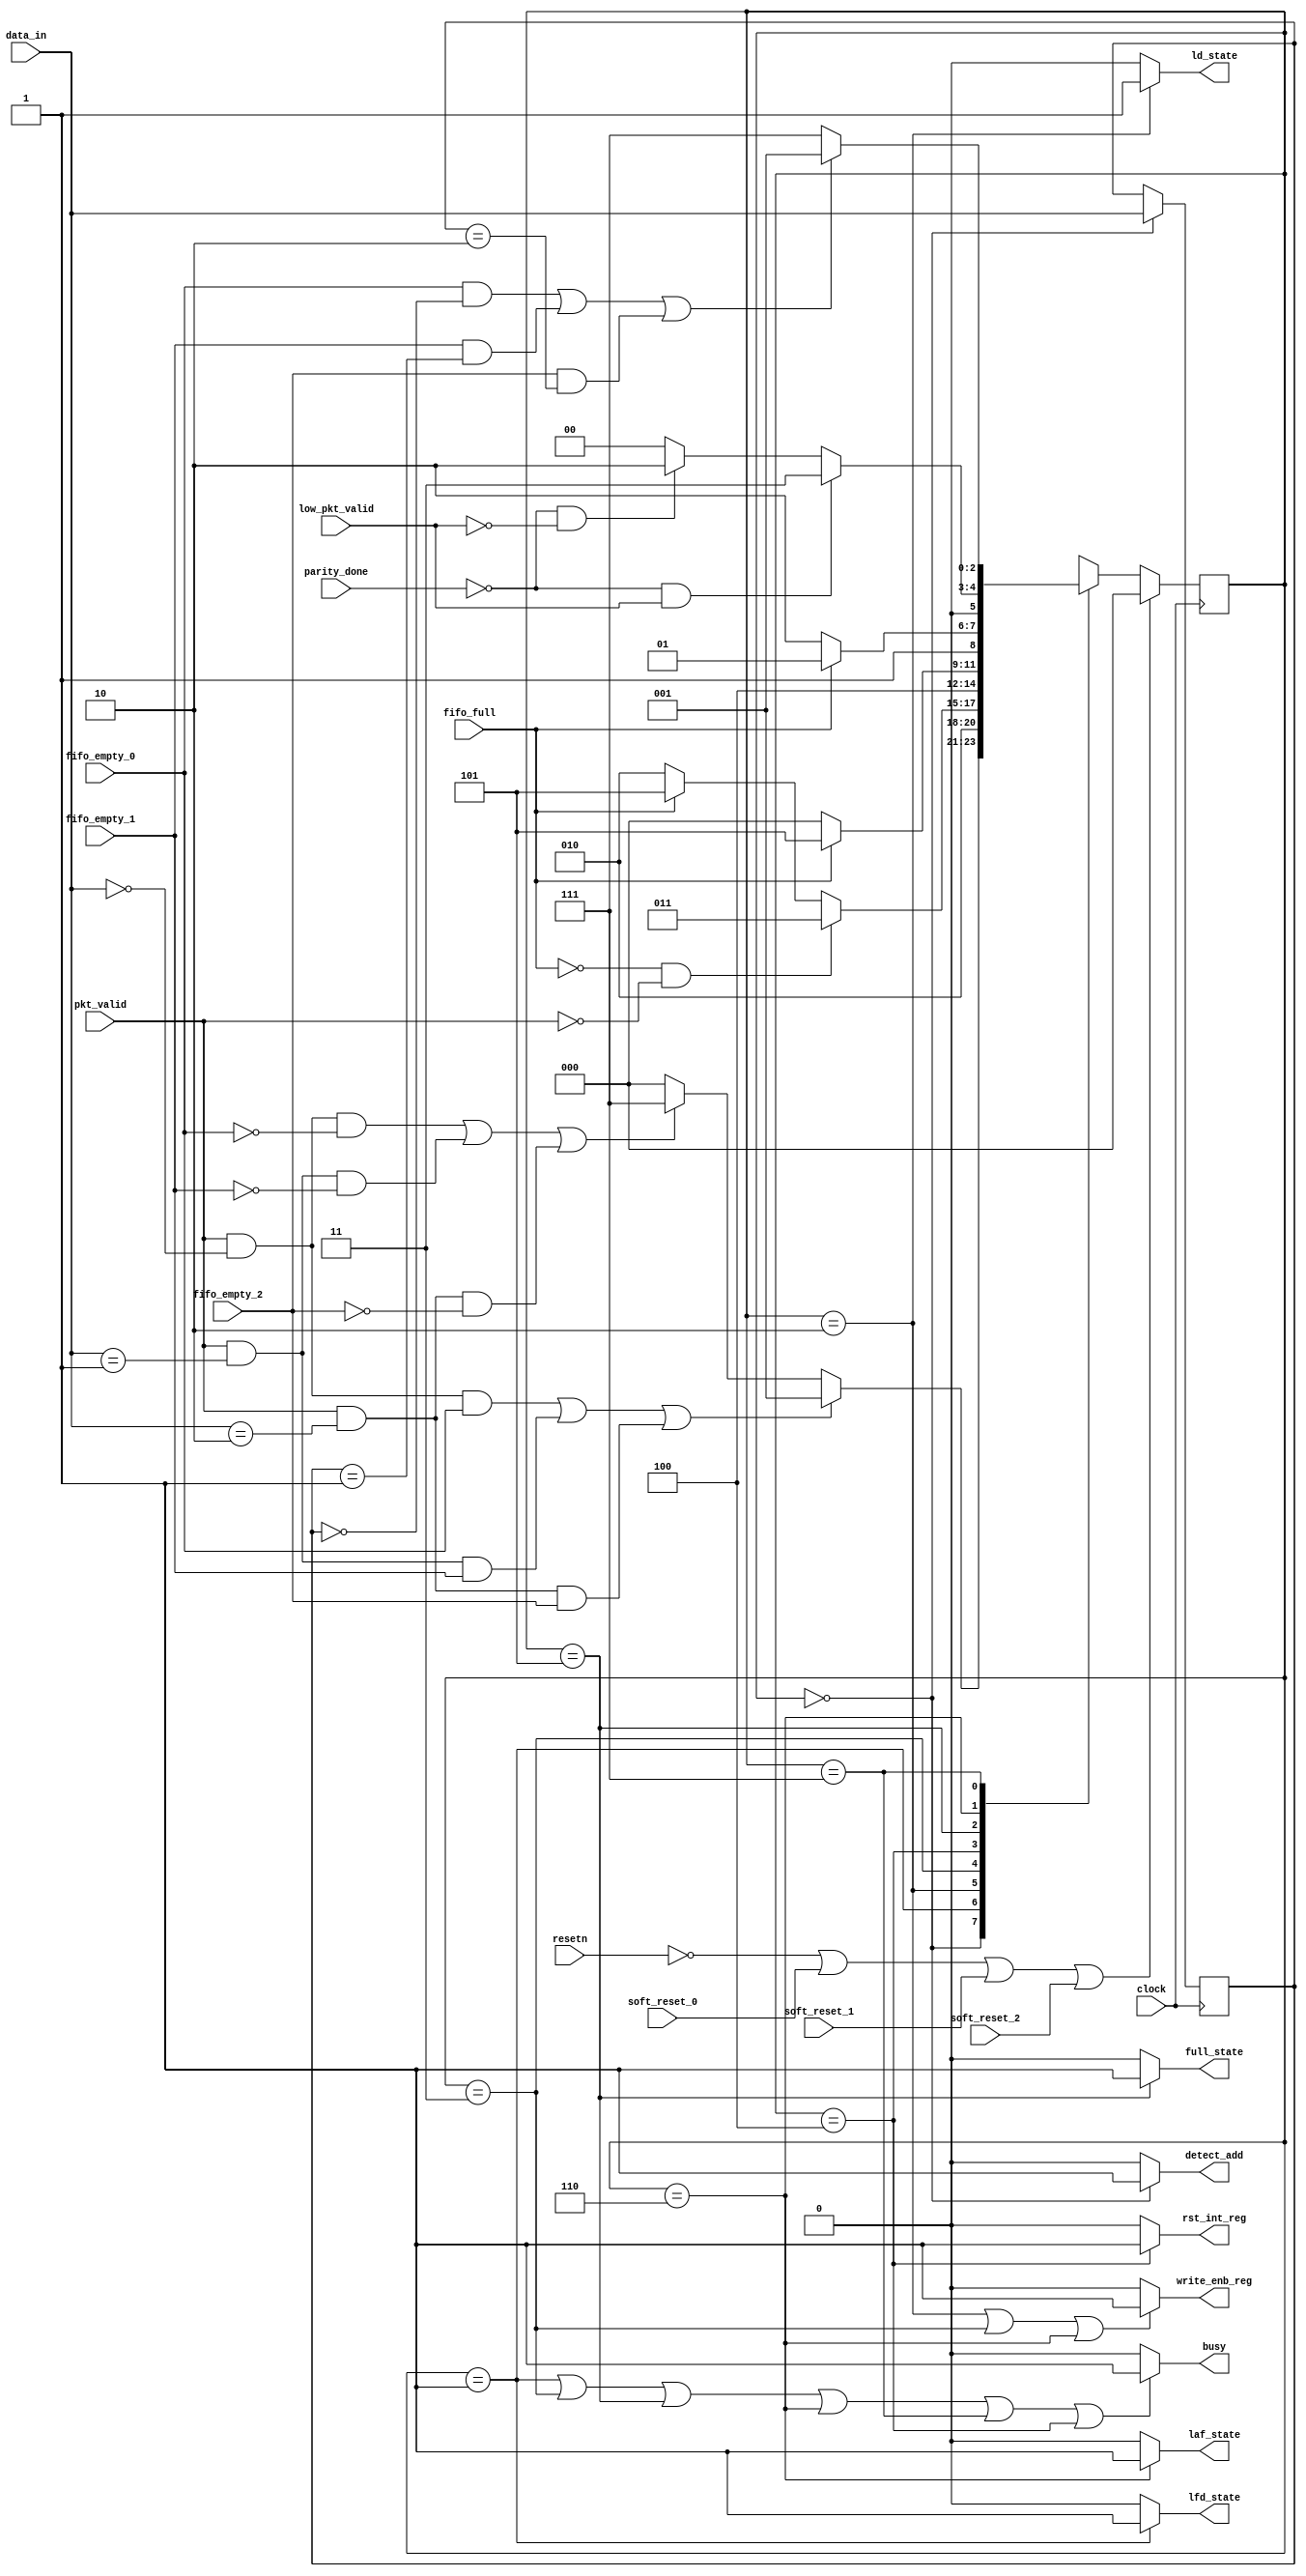
module router_fsm(input clock,resetn,pkt_valid,low_pkt_valid,parity_done,soft_reset_0,soft_reset_1,soft_reset_2,fifo_full,
                  fifo_empty_0,fifo_empty_1,fifo_empty_2,input [1:0]data_in,output detect_add,ld_state,laf_state,full_state,
				  write_enb_reg,rst_int_reg,lfd_state,busy);
				  
//moore fsm using coding style 1
//defining the state that is present state and next state(this code has 8 states so using 3 bit ps and ns)

reg [2:0] ps,ns;
reg [1:0]addr;

//defining parameter for states

parameter DECODE_ADDRESS     = 3'b000,
          LOAD_FIRST_DATA    = 3'b001,
          LOAD_DATA          = 3'b010,
          LOAD_PARITY        = 3'b011,
          CHECK_PARITY_ERROR = 3'b100,
          FIFO_FULL_STATE    = 3'b101,
          LOAD_AFTER_FULL    = 3'b110,
          WAIT_TILL_EMPTY    = 3'b111;

//present state logic
		  
always @(posedge clock)
  begin
    if(!resetn||soft_reset_0||soft_reset_1||soft_reset_2)
	  ps <= DECODE_ADDRESS;
	else
	  ps <= ns;
  end		  

//next state logic

always @(*)
  begin
     case (ps)
	  DECODE_ADDRESS  :  if((pkt_valid && (data_in[1:0] == 0) && fifo_empty_0)|| 
	                       (pkt_valid && (data_in[1:0] == 1) && fifo_empty_1) || 
						   (pkt_valid && (data_in[1:0] == 2) && fifo_empty_2))
					     ns = LOAD_FIRST_DATA;
					     else if((pkt_valid && (data_in[1:0] == 0) && !fifo_empty_0)|| 
	                       (pkt_valid && (data_in[1:0] == 1) && !fifo_empty_1) || 
						   (pkt_valid && (data_in[1:0] == 2) && !fifo_empty_2))
					     ns = WAIT_TILL_EMPTY;
					     else
					     ns = DECODE_ADDRESS;
					   
	  LOAD_FIRST_DATA :  ns = LOAD_DATA;
	  
	  LOAD_DATA       :  if (!fifo_full && !pkt_valid)
	                     ns = LOAD_PARITY;
						 else if (fifo_full)
						 ns = FIFO_FULL_STATE;
						 else
						 ns = LOAD_DATA;
						 
	  LOAD_PARITY     :  ns = CHECK_PARITY_ERROR;
	  
   CHECK_PARITY_ERROR :  if (!fifo_full)
	                     ns = DECODE_ADDRESS;
						 else
						 ns = FIFO_FULL_STATE;
						   
	  FIFO_FULL_STATE :  if (!fifo_full)
	                     ns = LOAD_AFTER_FULL;
						 else
						 ns = FIFO_FULL_STATE;
						 
	  LOAD_AFTER_FULL :  if (!parity_done && low_pkt_valid)
						 ns = LOAD_PARITY;
						 else if (!parity_done && !low_pkt_valid)
						 ns = LOAD_DATA;
						 else
						 ns = DECODE_ADDRESS;
						 
	  WAIT_TILL_EMPTY :  if ((fifo_empty_0 && (addr == 2'b00)) || (fifo_empty_1 && (addr == 2'b01)) || (fifo_empty_2 &&(addr == 2'b10)))
	                     ns = LOAD_FIRST_DATA;
						 else
						 ns = WAIT_TILL_EMPTY;
						 
	   default        :  ns = DECODE_ADDRESS;
						
	endcase
  end
  
always @(posedge clock)
  begin
    if(ps == DECODE_ADDRESS)
	 addr <= data_in;
	else
	 addr <= addr;
	end

//output logic

assign busy = ((ps == LOAD_FIRST_DATA) || (ps == LOAD_PARITY) || (ps == FIFO_FULL_STATE) || (ps == LOAD_AFTER_FULL) ||
               (ps == WAIT_TILL_EMPTY) || (ps == CHECK_PARITY_ERROR)) ? 1:0;
assign write_enb_reg = ((ps == LOAD_DATA) || (ps == LOAD_PARITY) || (ps == LOAD_AFTER_FULL)) ? 1:0;		   
assign detect_add = (ps == DECODE_ADDRESS) ? 1:0;
assign lfd_state = (ps == LOAD_FIRST_DATA) ? 1:0;
assign ld_state = (ps == LOAD_DATA) ? 1:0;
assign full_state = (ps == FIFO_FULL_STATE) ? 1:0;
assign laf_state = (ps == LOAD_AFTER_FULL) ? 1:0;
assign rst_int_reg = (ps == CHECK_PARITY_ERROR) ? 1:0;

endmodule